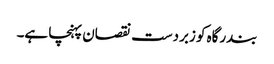
بندرگاہ کو زبردست نقصان پہنچا ہے۔